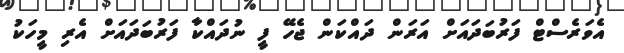
އެވަރެސްޓް ފަރުބަދައަށް އަރަން ދައްކަން ޖެހޭ ފީ ނުދައްކާ ފަރުބަދައަށް އެރި މީހަކު